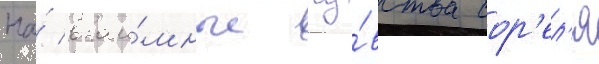
На́ взаи́мные чу́вства сор'ел'я